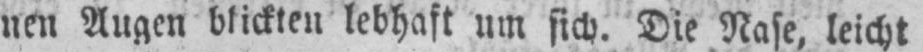
nen Augen blickten lebhaft um sich. Die Nase, leicht